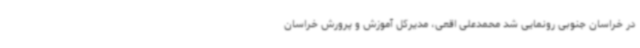
در خراسان جنوبی رونمایی شد محمدعلی اقعی، مدیرکل آموزش و پرورش خراسان